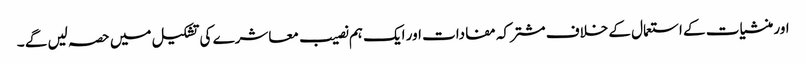
اور منشیات کے استعمال کے خلاف مشترکہ مفادات اور ایک ہم نصیب معاشرے کی تشکیل میں حصہ لیں گے ۔